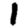
Digit: 1